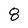
Character: 8